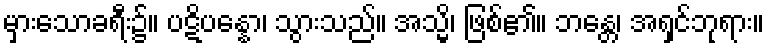
မှားသောခရီး၌။ ပဋိပန္နော၊ သွားသည်။ အသ္မိ၊ ဖြစ်၏။ ဘန္တေ၊ အရှင်ဘုရား။